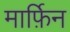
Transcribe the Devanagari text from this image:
मार्फ़िन